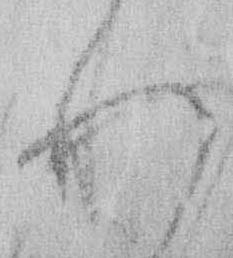
れ